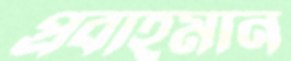
প্রবাহমান